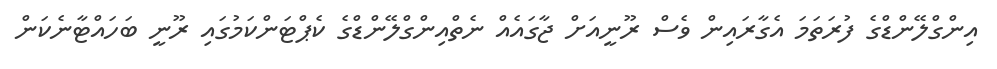
އިންގްލޭންޑްގެ ފުރަތަމަ އެގާރައިން ވެސް ރޫނީއަށް ޖާގައެއް ނެތްއިންގްލޭންޑްގެ ކެޕްޓަންކަމުގައި ރޫނީ ބަހައްޓާނެކަން